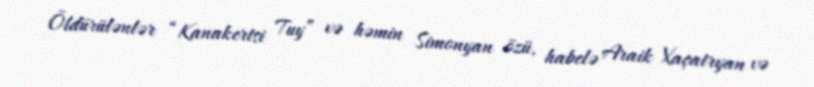
Öldürülənlər “Kanakertsi Tuy” və həmin Simonyan özü, habelə Araik Xaçatryan və